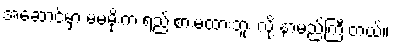
အဆောင်မှာ မမမိုးက ရည်းစားမထားဘူး လို့ နာမည်ကြီးတယ်။